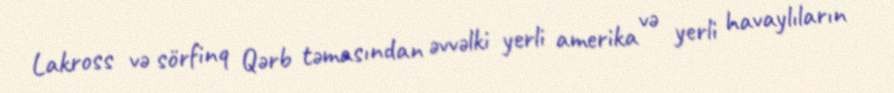
Lakross və sörfinq Qərb təmasından əvvəlki yerli amerika və yerli havaylıların